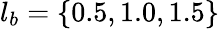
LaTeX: l_{b}=\{ 0.5,1.0,1.5\}